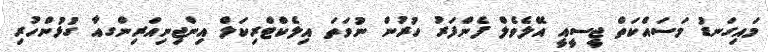
މައިގަނޑު މަސައްކަތް ޖީސީއީ އޭލެވެލް ފެންފަރު ހުރުން ނުވަތަ އިލެކްޓްރިކަލް އިންޖިނިއަރިންގއާ ގުޅުންހުރި